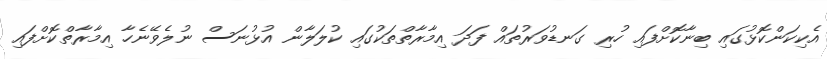
އެކިކަންކޮޅުގައި ބިނާކޮށްފައި ހުރި ގަނޑުވަރުތައް ފަދަ އިމާރާތްތަކުގައި ކުލަލާން އުޅުނަސް ނުލެވޭނެހާ އިމާރާތްކޮށްފައި